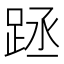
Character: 𨀧